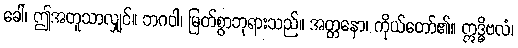
ခေါ၊ ဤအတူသာလျှင်။ ဘဂဝါ၊ မြတ်စွာဘုရားသည်။ အတ္တနော၊ ကိုယ်တော်၏။ ဣဒ္ဓိဗလံ၊